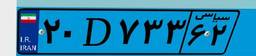
۲۰D۷۳۳۶۲